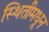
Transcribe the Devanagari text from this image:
स्थितीमधून